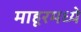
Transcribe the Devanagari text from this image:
माहूरमध्ये